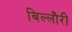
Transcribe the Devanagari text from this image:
बिल्लौरी